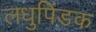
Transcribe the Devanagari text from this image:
लधुपिंडक